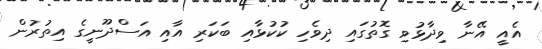
އެއީ އޭނާ ވިދާޅުވި ގޮތުގައި ދިވެހި ކުކުޅާއި ބަކަރި އާއި އަސްދޫނީގެ އިތުރުން